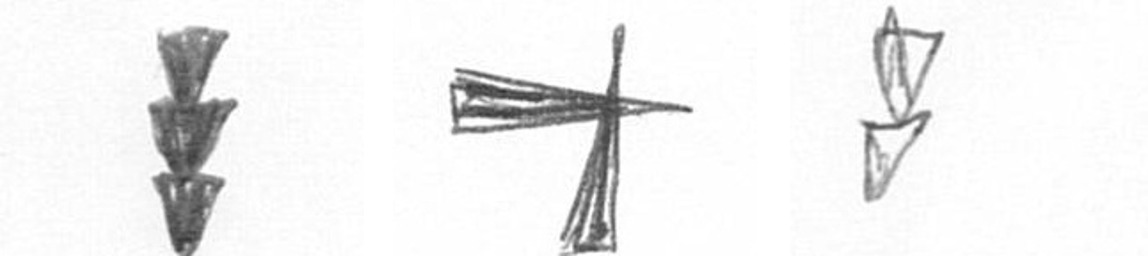
E G Z